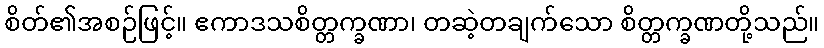
စိတ်၏အစဉ်ဖြင့်။ ဧကာဒသစိတ္တက္ခဏာ၊ တဆဲ့တချက်သော စိတ္တက္ခဏတို့သည်။